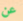
عن